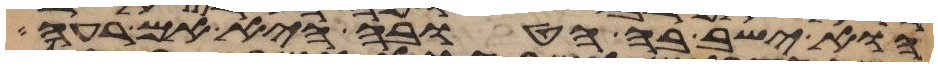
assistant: הוא ישב בה הטובה היא אם רעה